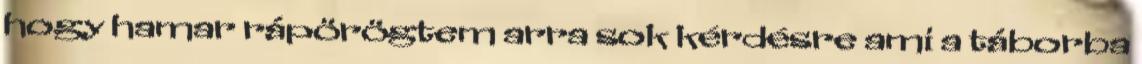
hogy hamar rápörögtem arra sok kérdésre ami a táborba